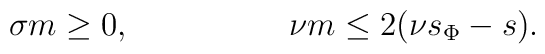
\sigma m\ge 0,\hskip 2cm \nu m\le 2(\nu s_\Phi-s).